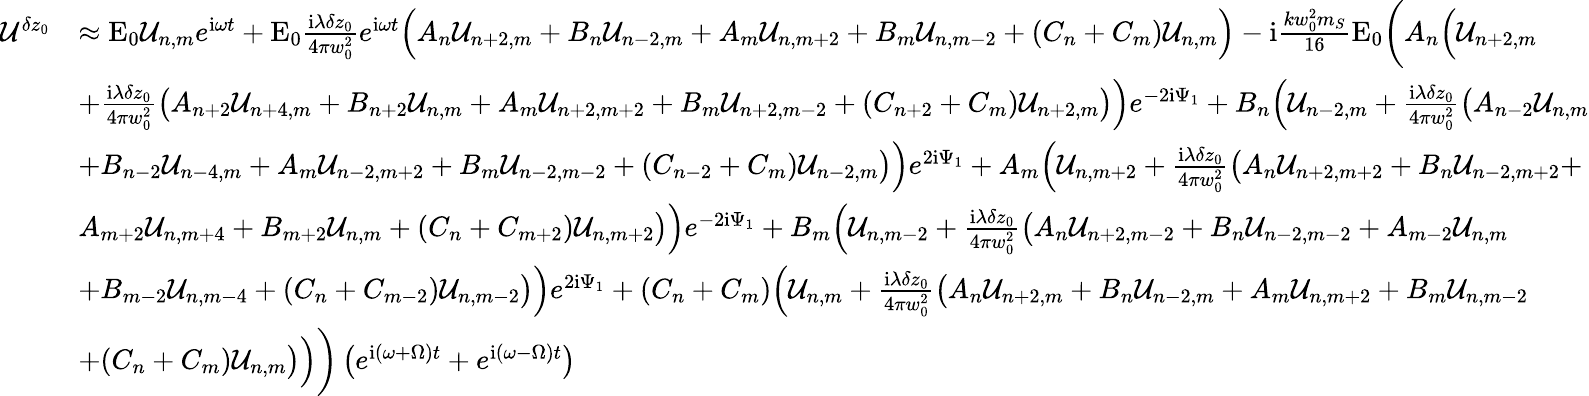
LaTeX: \begin{array}{rl}{\mathcal{U}^{\delta z_{0}}}&{\approx\mathrm{E}_{0}\mathcal{U}_{n,m}e^{\mathrm{i}\omega t}+\mathrm{E}_{0}\frac{\mathrm{i}\lambda\delta z_{0}}{4\pi w_{0}^{2}}e^{\mathrm{i}\omega t}\Big(A_{n}\mathcal{U}_{n+2,m}+B_{n}\mathcal{U}_{n-2,m}+A_{m}\mathcal{U}_{n,m+2}+B_{m}\mathcal{U}_{n,m-2}+(C_{n}+C_{m})\mathcal{U}_{n,m}\Big)-\mathrm{i}\frac{kw_{0}^{2}m_{S}}{16}\mathrm{E}_{0}\bigg(A_{n}\Big(\mathcal{U}_{n+2,m}}\\ &{+\frac{\mathrm{i}\lambda\delta z_{0}}{4\pi w_{0}^{2}}\big(A_{n+2}\mathcal{U}_{n+4,m}+B_{n+2}\mathcal{U}_{n,m}+A_{m}\mathcal{U}_{n+2,m+2}+B_{m}\mathcal{U}_{n+2,m-2}+(C_{n+2}+C_{m})\mathcal{U}_{n+2,m}\big)\Big)e^{-2\mathrm{i}\Psi_{1}}+B_{n}\Big(\mathcal{U}_{n-2,m}+\frac{\mathrm{i}\lambda\delta z_{0}}{4\pi w_{0}^{2}}\big(A_{n-2}\mathcal{U}_{n,m}}\\ &{+B_{n-2}\mathcal{U}_{n-4,m}+A_{m}\mathcal{U}_{n-2,m+2}+B_{m}\mathcal{U}_{n-2,m-2}+(C_{n-2}+C_{m})\mathcal{U}_{n-2,m}\big)\Big)e^{2\mathrm{i}\Psi_{1}}+A_{m}\Big(\mathcal{U}_{n,m+2}+\frac{\mathrm{i}\lambda\delta z_{0}}{4\pi w_{0}^{2}}\big(A_{n}\mathcal{U}_{n+2,m+2}+B_{n}\mathcal{U}_{n-2,m+2}+}\\ &{A_{m+2}\mathcal{U}_{n,m+4}+B_{m+2}\mathcal{U}_{n,m}+(C_{n}+C_{m+2})\mathcal{U}_{n,m+2}\big)\Big)e^{-2\mathrm{i}\Psi_{1}}+B_{m}\Big(\mathcal{U}_{n,m-2}+\frac{\mathrm{i}\lambda\delta z_{0}}{4\pi w_{0}^{2}}\big(A_{n}\mathcal{U}_{n+2,m-2}+B_{n}\mathcal{U}_{n-2,m-2}+A_{m-2}\mathcal{U}_{n,m}}\\ &{+B_{m-2}\mathcal{U}_{n,m-4}+(C_{n}+C_{m-2})\mathcal{U}_{n,m-2}\big)\Big)e^{2\mathrm{i}\Psi_{1}}+(C_{n}+C_{m})\Big(\mathcal{U}_{n,m}+\frac{\mathrm{i}\lambda\delta z_{0}}{4\pi w_{0}^{2}}\big(A_{n}\mathcal{U}_{n+2,m}+B_{n}\mathcal{U}_{n-2,m}+A_{m}\mathcal{U}_{n,m+2}+B_{m}\mathcal{U}_{n,m-2}}\\ &{+(C_{n}+C_{m})\mathcal{U}_{n,m}\big)\Big)\bigg)\left(e^{\mathrm{i}(\omega+\Omega)t}+e^{\mathrm{i}(\omega-\Omega)t}\right)}\end{array}